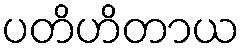
ပတိဟိတာယ